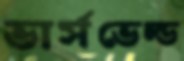
ভার্সভেল্ড